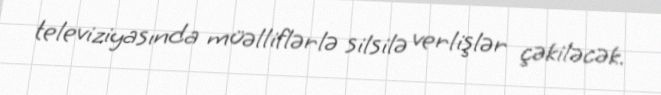
televiziyasında müəlliflərlə silsilə verlişlər çəkiləcək.